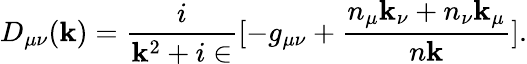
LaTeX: D_{\mu\nu}(\mathbf{k})={\frac{{i}}{{\mathbf{k}^{2}+i\in}}}[-g_{\mu\nu}+{\frac{{n_{\mu}\mathbf{k}_{\nu}+n_{\nu}\mathbf{k}_{\mu}}}{{n\mathbf{k}}}}].